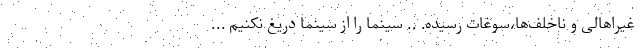
غیراهالی و ناخلف‌ها،سوغات رسیده. .. سینما را از سینما دریغ نکنیم ...